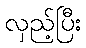
လှည့်ပြီး